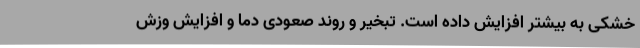
خشکی به بیشتر افزایش داده است. تبخیر و روند صعودی دما و افزایش وزش